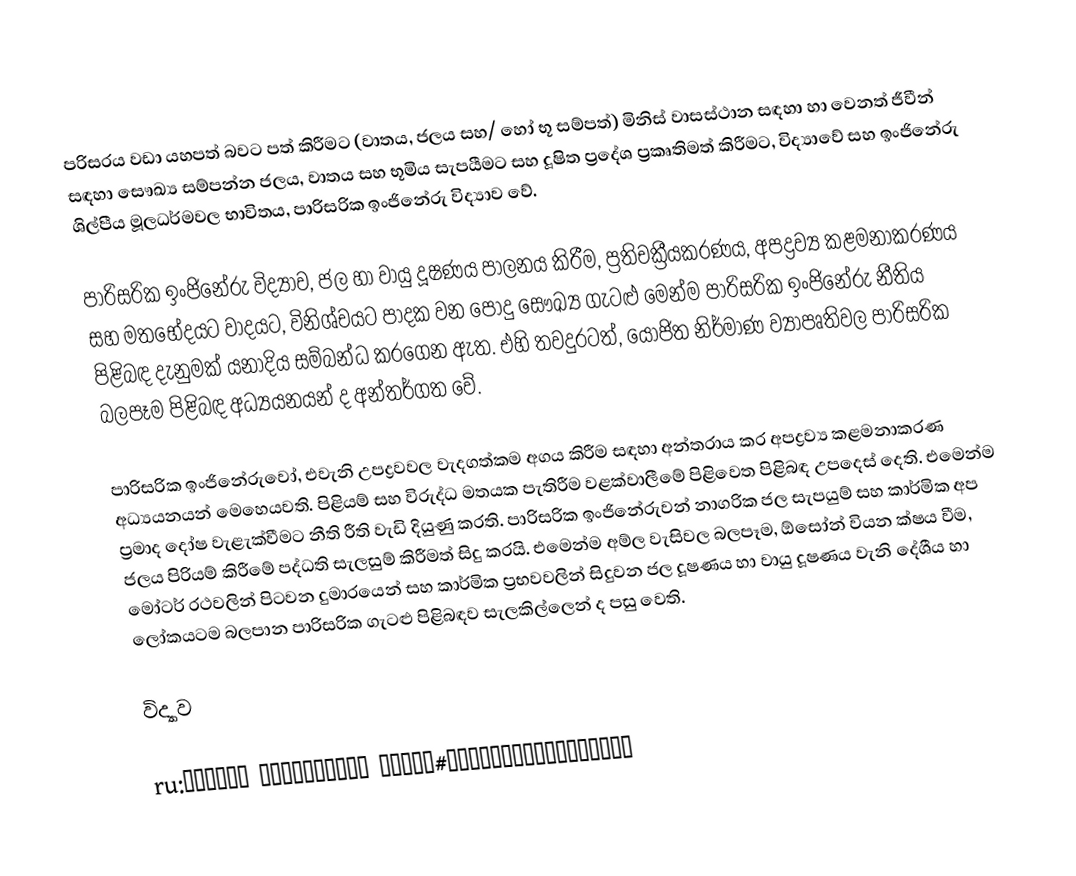
පරිසරය වඩා යහපත් බවට පත් කිරීමට (වාතය, ජලය සහ/ හෝ භූ සම්පත්) මිනිස් වාසස්ථාන සඳහා හා වෙනත් ජීවීන් සඳහා සෞඛ්‍ය සම්පන්න ජලය, වාතය සහ භූමිය සැපයීමට සහ දූෂිත ප්‍රදේශ ප්‍රකෘතිමත් කිරීමට, විද්‍යාවේ සහ ඉංජිනේරු ශිල්පීය මූලධර්මවල භාවිතය, පාරිසරික ඉංජිනේරු විද්‍යාව වේ.

පාරිසරික ඉංජිනේරු විද්‍යාව, ජල හා වායු දූෂණය පාලනය ‍කිරීම, ප්‍රතිචක්‍රීයකරණය, අපද්‍රව්‍ය කළමනාකරණය සහ ම‍තභේදයට වාදයට, විනිශ්චයට පාදක වන පොදු සෞඛ්‍ය ගැටළු මෙන්ම පාරිසරික ඉංජිනේරු නීතිය පිළිබඳ දැනුමක් යනාදිය සම්බන්ධ කරගෙන ඇත. එහි තවදුරටත්, යෝජිත නිර්මාණ ව්‍යාපෘතිවල පාරිසරික බලපෑම පිළිබඳ අධ්‍යයනයන් ද අන්තර්ගත වේ.

පාරිසරික ඉංජිනේරුවෝ, එවැනි උපද්‍රවවල වැදගත්කම අගය කිරීම සඳහා අන්තරාය කර අපද්‍රව්‍ය කළමනාකරණ අධ්‍යයනයන් මෙහෙයවති. පිළියම් සහ විරුද්ධ මතයක පැතිරීම වළක්වාලීමේ පිළිවෙත පිළිබඳ උපදෙස් දෙති. එමෙන්ම ප්‍රමාද දෝෂ වැළැක්වීමට නීති රීති වැඩි දියුණු කරති. පාරිසරික ඉංජිනේරුවන් නාගරික ජල සැපයුම් සහ කාර්මික අප ජලය පිරියම් කිරීමේ පද්ධති සැලසුම් කිරීමත් සිදු කරයි. එමෙන්ම අම්ල වැසිවල බලපෑම, ඕසෝන් වියන ක්ෂය වීම, මෝටර් රථවලින් පිටවන දුමාරයෙන් සහ කාර්මික ප්‍රභවවලින් සිදුවන ජල දූෂණය හා වායු දූෂණය වැනි දේශීය හා ලෝකයටම බලපාන පාරිසරික ගැටළු පිළිබඳව සැලකිල්ලෙන් ද පසු වෙති.

විද්‍යාව

ru:Охрана окружающей среды#Энвайронментализм